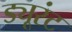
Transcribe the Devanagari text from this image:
ड्यूरंट